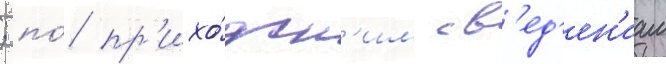
; по́ пр'ихо́дск'им св'ед'ен'иам